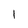
Character: l